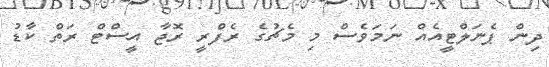
ދިން ޕެނަލްޓީއެއް ނަމަވެސް މި މެޗުގެ ރެފްރީ ރޮޖާ އީސްޓް ރަތް ކާޑު